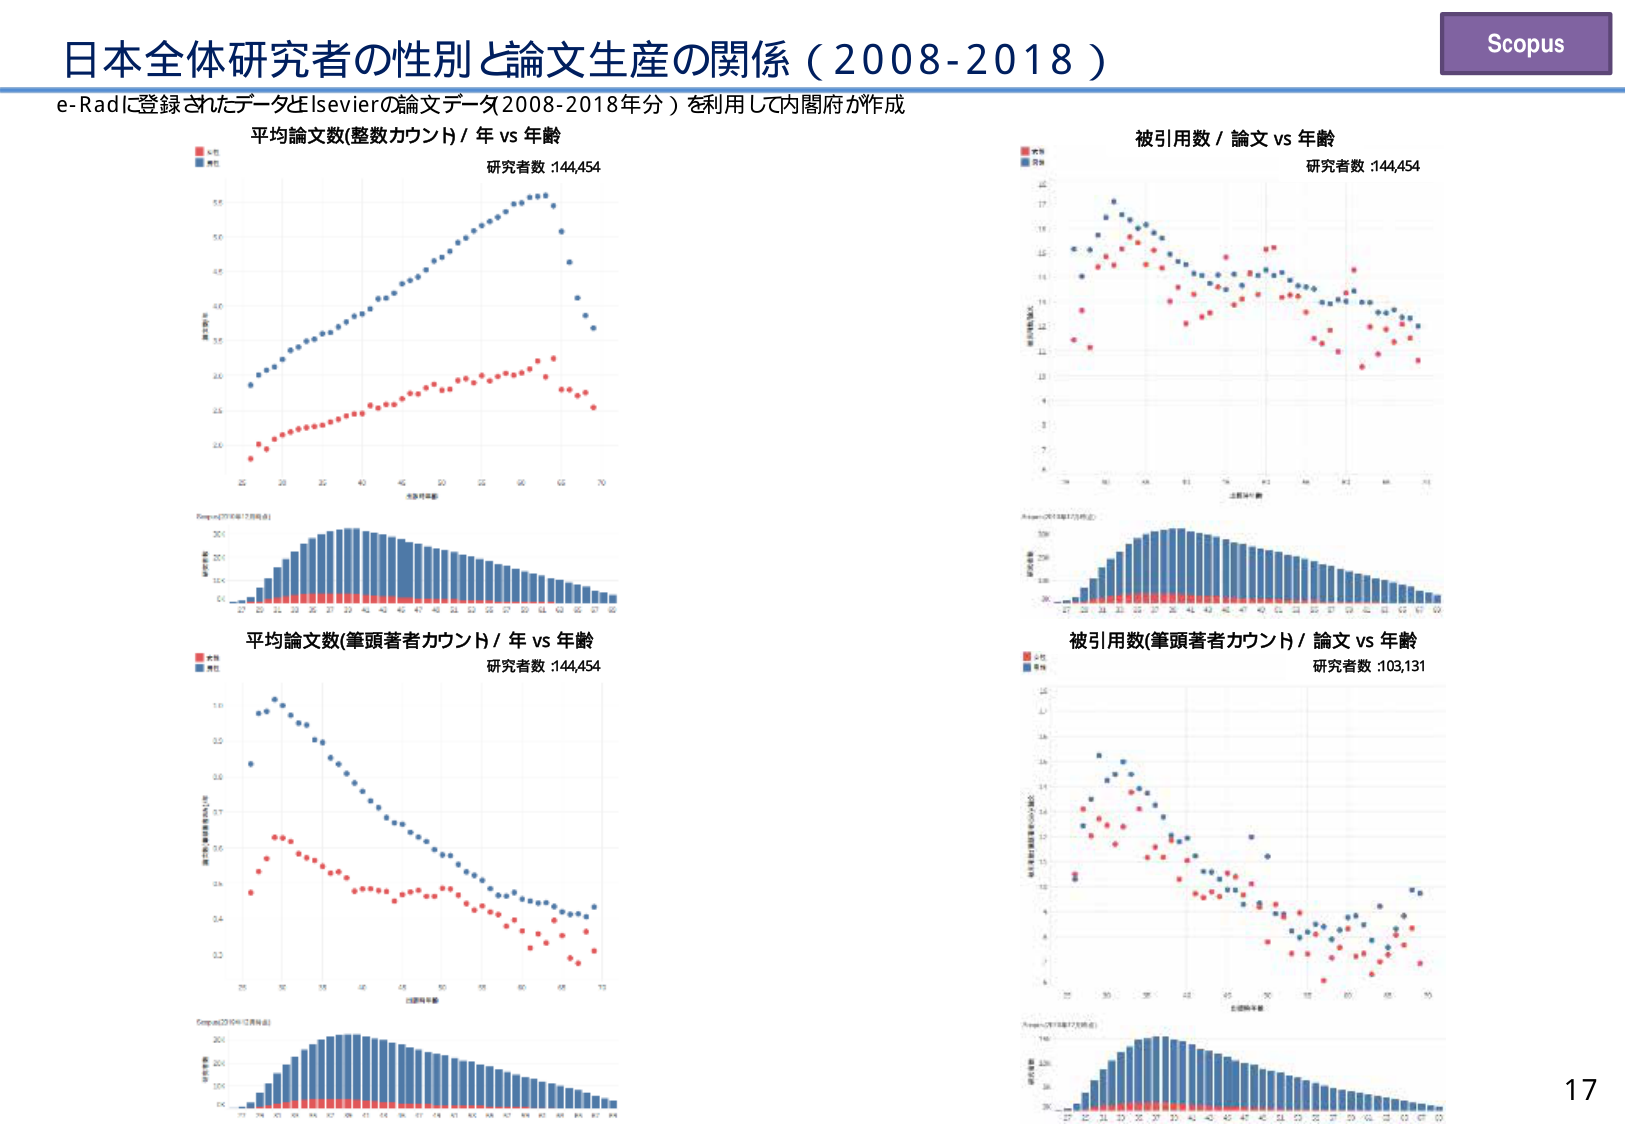
日本全体研究者の性別と論文生産の関係（2008-2018）
e-Radに登録されたデータとElsevierの論文データ2008-2018年分）を利用して内閣府が作成
平均論文数(整数カウント) / 年 vs 年齢
研究者数 :144,454
被引用数 / 論文 vs 年齢
研究者数 :144,454
平均論文数(筆頭著者カウント) / 年 vs 年齢
研究者数 :144,454
被引用数(筆頭著者カウント) / 論文 vs 年齢
研究者数 :103,131
Scopus
17